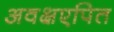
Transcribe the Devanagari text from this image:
अवक्षएपित